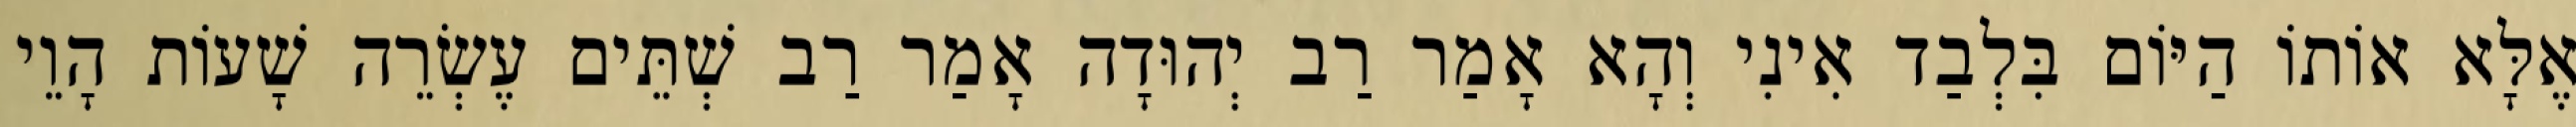
אֶלָּא אוֹתוֹ הַיּוֹם בִּלְבַד אִינִי וְהָא אָמַר רַב יְהוּדָה אָמַר רַב שְׁתֵּים עֶשְׂרֵה שָׁעוֹת הָוֵי